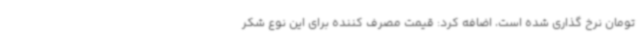
تومان نرخ گذاری شده است، اضافه کرد: قیمت مصرف کننده برای این نوع شکر